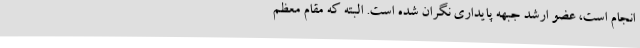
انجام است، عضو ارشد جبهه پایداری نگران شده است. البته که مقام معظم